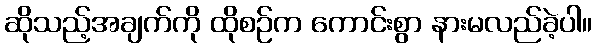
ဆိုသည့်အချက်ကို ထိုစဉ်က ကောင်းစွာ နားမလည်ခဲ့ပါ။